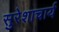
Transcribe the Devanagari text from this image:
सुरेशाचार्य